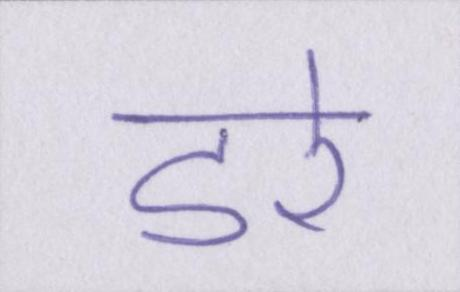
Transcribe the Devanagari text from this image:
डरे